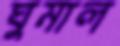
ঘুমাল